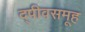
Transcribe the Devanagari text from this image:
द्पीवसमूह